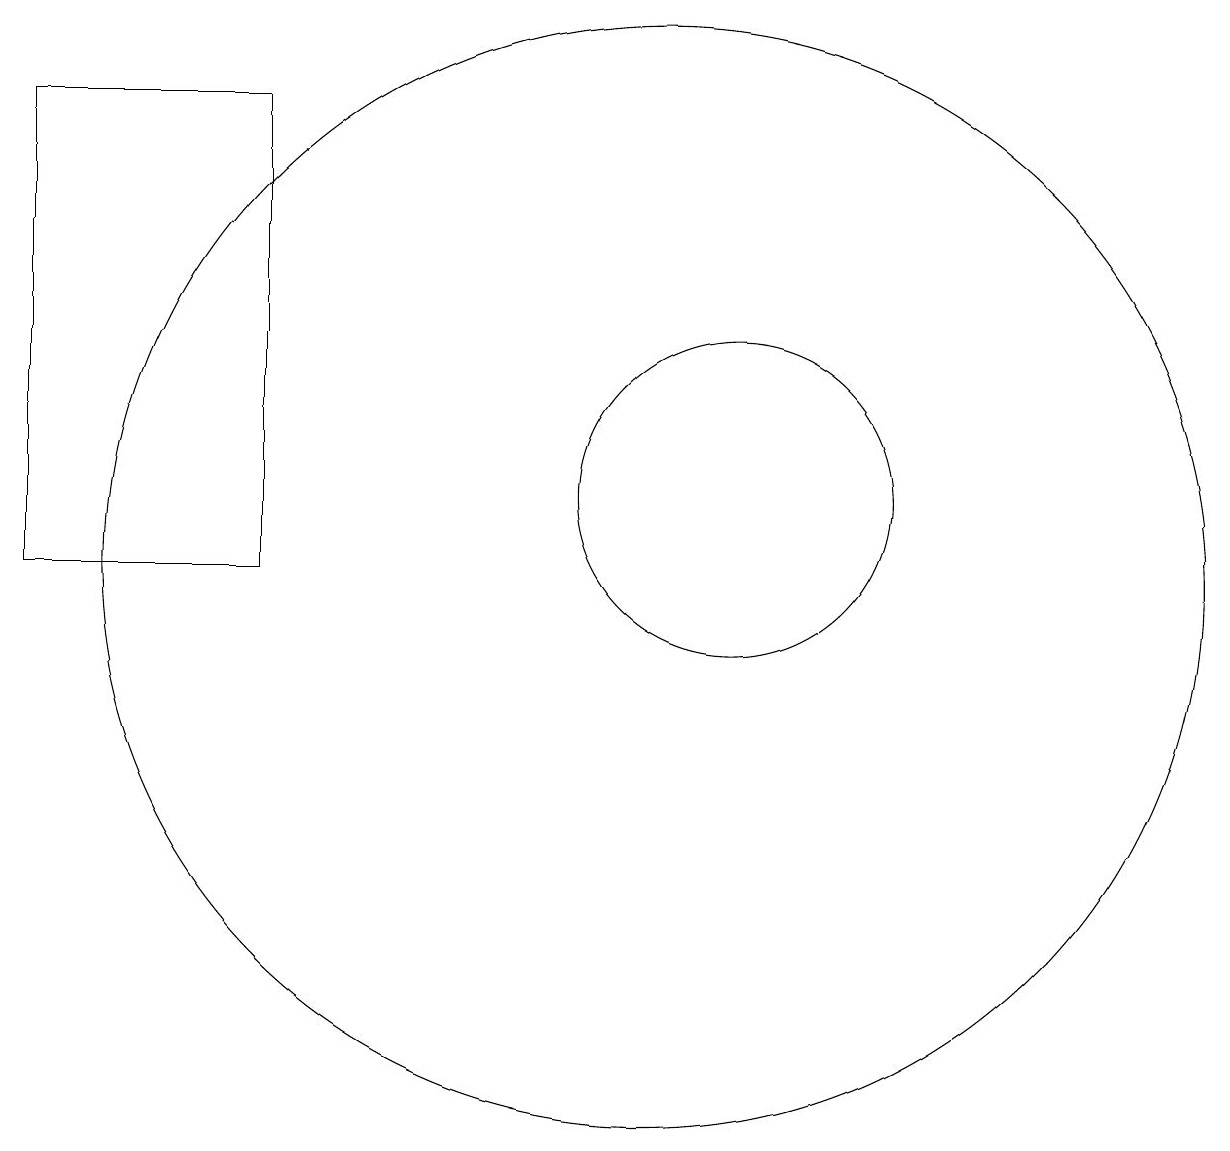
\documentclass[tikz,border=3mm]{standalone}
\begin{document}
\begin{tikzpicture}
\draw (2,16) rectangle (5,10);
\draw (11,11) circle (2);
\draw (10,10) circle (7);
\draw (11,10) circle (0);
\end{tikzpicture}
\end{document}